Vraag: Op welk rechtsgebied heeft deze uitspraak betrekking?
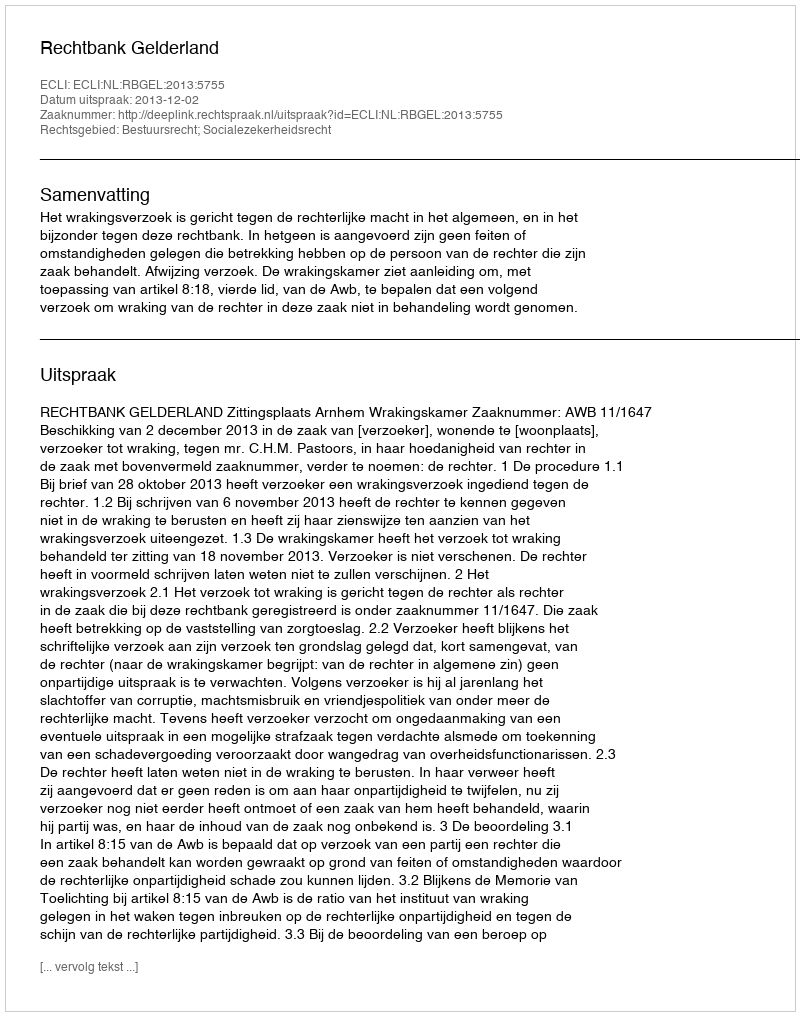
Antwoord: Bestuursrecht; Socialezekerheidsrecht